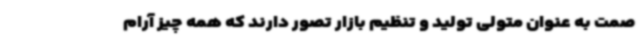
صمت به عنوان متولی تولید و تنظیم بازار تصور دارند که همه چیز آرام